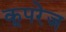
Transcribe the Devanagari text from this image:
कूपरेज